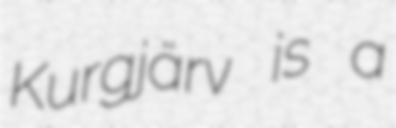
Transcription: Kurgjärv is a